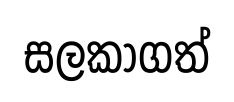
සලකාගත්